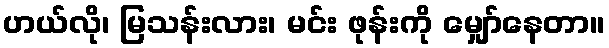
ဟယ်လို၊ မြသန်းလား၊ မင်း ဖုန်းကို မျှော်နေတာ။